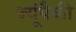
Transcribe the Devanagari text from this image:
ज्यूंपैकी